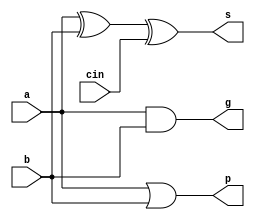
module CLABit(a, b, cin, p, g, s);
    input a, b, cin;
    output p, g, s;

    assign p = a | b;
    assign g = a & b;
    assign s = a^b^cin;
endmodule

module CLABlock4(cin, Pin, Gin, Cout, Pout, Gout);
    input cin;
    input[3:0] Pin, Gin;
    output[3:0] Cout;
    output Pout, Gout;

    assign Cout = {
        Gin[2] | (Pin[2] & Gin[1]) | (Pin[2] & Pin[1] & Gin[0]) | (Pin[2] & Pin[1] & Pin[0] & cin) ,
        Gin[1] | (Pin[1] & Gin[0]) | (Pin[1] & Pin[0] & cin),
        Gin[0] | (Pin[0] & cin),
        cin
    };

    assign Pout = Pin[3] & Pin[2] & Pin[1] & Pin[0];
    assign Gout = Gin[3] | (Pin[3] & Gin[2]) | (Pin[3] & Pin[2] & Gin[1]) | (Pin[3] & Pin[2] & Pin[1] & Gin[0]);
endmodule

module CLABlock8(cin, Pin, Gin, Cout, Pout, Gout);
    input cin;
    input [7:0] Pin, Gin;
    output [7:0] Cout;
    output Pout, Gout;

    wire lsbP, lsbG, msbP, msbG, msbCin;

    CLABlock4 LSB(.cin(cin),    .Pin(Pin[3:0]), .Gin(Gin[3:0]), .Cout(Cout[3:0]), .Pout(lsbP), .Gout(lsbG));
    CLABlock4 MSB(.cin(msbCin), .Pin(Pin[7:4]), .Gin(Gin[7:4]), .Cout(Cout[7:4]), .Pout(msbP), .Gout(msbG));

    assign msbCin = lsbG | (lsbP & cin);
    assign Pout = lsbP & msbP;
    assign Gout = msbG | (lsbG & msbP);
endmodule

module CLABlock12(cin, Pin, Gin, Cout, Pout, Gout);
    input cin;
    input [11:0] Pin, Gin;
    output [11:0] Cout;
    output Pout, Gout;

    wire lsbP, lsbG, midG, midP, msbP, msbG, midCin, msbCin;

    CLABlock4 LSB(.cin(cin),    .Pin(Pin[3:0]),  .Gin(Gin[3:0]),  .Cout(Cout[3:0]),  .Pout(lsbP), .Gout(lsbG));
    CLABlock4 MID(.cin(midCin), .Pin(Pin[7:4]),  .Gin(Gin[7:4]),  .Cout(Cout[7:4]),  .Pout(midP), .Gout(midG));
    CLABlock4 MSB(.cin(msbCin), .Pin(Pin[11:8]), .Gin(Gin[11:8]), .Cout(Cout[11:8]), .Pout(msbP), .Gout(msbG));

    assign midCin = lsbG | (lsbP & cin);
    assign msbCin = midG | ( midP & lsbG) | (midP & lsbP & cin);
    assign Pout = lsbP & msbP & midP;
    assign Gout = msbG | (msbP & midG) | (lsbG & midP & msbP);
endmodule

module CLABlock16(cin, Pin, Gin, Cout, Pout, Gout);
    input cin;
    input[15:0] Pin, Gin;
    output[15:0] Cout;
    output Pout, Gout;

    wire[3:0] LowHighP, LowHighG, LowHighC;

    CLABlock4 low0(.cin(LowHighC[0]), .Pin(Pin[3:0]),   .Gin(Gin[3:0]),   .Cout(Cout[3:0]),   .Pout(LowHighP[0]), .Gout(LowHighG[0]));
    CLABlock4 low1(.cin(LowHighC[1]), .Pin(Pin[7:4]),   .Gin(Gin[7:4]),   .Cout(Cout[7:4]),   .Pout(LowHighP[1]), .Gout(LowHighG[1]));
    CLABlock4 low2(.cin(LowHighC[2]), .Pin(Pin[11:8]),  .Gin(Gin[11:8]),  .Cout(Cout[11:8]),  .Pout(LowHighP[2]), .Gout(LowHighG[2]));
    CLABlock4 low3(.cin(LowHighC[3]), .Pin(Pin[15:12]), .Gin(Gin[15:12]), .Cout(Cout[15:12]), .Pout(LowHighP[3]), .Gout(LowHighG[3]));
    CLABlock4 high(.cin(cin), .Pin(LowHighP), .Gin(LowHighG), .Cout(LowHighC), .Pout(Pout), .Gout(Gout));
endmodule

// the "E" suffix means "Extended"
// TODO WARN FIXME: both "Extended" adders are not tested
module CLAdder8E(A, B, Cin, Sum, Cout, overflow, zero, overflowDirection);
    input[7:0] A, B;
    input Cin; // carry in
    output[7:0] Sum;
    output Cout; // carry out from msb
    output overflow; // overflow
    output zero; // if Sum == 0
    output overflowDirection; // 1 if overflow toward positive i.e. pos+pos=neg
                              // meaningless if overflow == 0

    wire[7:0] P, G, C;
    wire Pout, Gout;
    CLABlock8 cla_block(.cin(Cin), .Pin(P), .Gin(G), .Cout(C), .Pout(Pout), .Gout(Gout));

    CLABit bit0(.a(A[0]), .b(B[0]), .cin(C[0]), .p(P[0]), .g(G[0]), .s(Sum[0]));
    CLABit bit1(.a(A[1]), .b(B[1]), .cin(C[1]), .p(P[1]), .g(G[1]), .s(Sum[1]));
    CLABit bit2(.a(A[2]), .b(B[2]), .cin(C[2]), .p(P[2]), .g(G[2]), .s(Sum[2]));
    CLABit bit3(.a(A[3]), .b(B[3]), .cin(C[3]), .p(P[3]), .g(G[3]), .s(Sum[3]));
    CLABit bit4(.a(A[4]), .b(B[4]), .cin(C[4]), .p(P[4]), .g(G[4]), .s(Sum[4]));
    CLABit bit5(.a(A[5]), .b(B[5]), .cin(C[5]), .p(P[5]), .g(G[5]), .s(Sum[5]));
    CLABit bit6(.a(A[6]), .b(B[6]), .cin(C[6]), .p(P[6]), .g(G[6]), .s(Sum[6]));
    CLABit bit7(.a(A[7]), .b(B[7]), .cin(C[7]), .p(P[7]), .g(G[7]), .s(Sum[7]));

    assign Cout = Gout | (Pout & Cin);
    assign overflow = Cout ^ C[7];
    assign zero = ~(|Sum);
    assign overflowDirection = Sum[7];
endmodule

module CLAdder12E(A, B, Cin, Sum, Cout, overflow, zero, overflowDirection);
    input[11:0] A, B;
    input Cin; // carry in
    output[11:0] Sum;
    output Cout; // carry out from msb
    output overflow; // overflow
    output zero; // if Sum == 0
    output overflowDirection; // 1 if overflow toward positive i.e. pos+pos=neg
                              // meaningless if overflow == 0

    wire[11:0] P, G, C;
    wire Pout, Gout;
    CLABlock12 cla_block(.cin(Cin), .Pin(P), .Gin(G), .Cout(C), .Pout(Pout), .Gout(Gout));

    CLABit bit0(.a(A[0]), .b(B[0]), .cin(C[0]), .p(P[0]), .g(G[0]), .s(Sum[0]));
    CLABit bit1(.a(A[1]), .b(B[1]), .cin(C[1]), .p(P[1]), .g(G[1]), .s(Sum[1]));
    CLABit bit2(.a(A[2]), .b(B[2]), .cin(C[2]), .p(P[2]), .g(G[2]), .s(Sum[2]));
    CLABit bit3(.a(A[3]), .b(B[3]), .cin(C[3]), .p(P[3]), .g(G[3]), .s(Sum[3]));
    CLABit bit4(.a(A[4]), .b(B[4]), .cin(C[4]), .p(P[4]), .g(G[4]), .s(Sum[4]));
    CLABit bit5(.a(A[5]), .b(B[5]), .cin(C[5]), .p(P[5]), .g(G[5]), .s(Sum[5]));
    CLABit bit6(.a(A[6]), .b(B[6]), .cin(C[6]), .p(P[6]), .g(G[6]), .s(Sum[6]));
    CLABit bit7(.a(A[7]), .b(B[7]), .cin(C[7]), .p(P[7]), .g(G[7]), .s(Sum[7]));
    CLABit bit8(.a(A[8]), .b(B[8]), .cin(C[8]), .p(P[8]), .g(G[8]), .s(Sum[8]));
    CLABit bit9(.a(A[9]), .b(B[9]), .cin(C[9]), .p(P[9]), .g(G[9]), .s(Sum[9]));
    CLABit bit10(.a(A[10]), .b(B[10]), .cin(C[10]), .p(P[10]), .g(G[10]), .s(Sum[10]));
    CLABit bit11(.a(A[11]), .b(B[11]), .cin(C[11]), .p(P[11]), .g(G[11]), .s(Sum[11]));

    assign Cout = Gout | (Pout & Cin);
    assign overflow = Cout ^ C[11];
    assign zero = ~(|Sum);
    assign overflowDirection = Sum[11];
endmodule

module CLAdder16(A, B, Sum);
    input[15:0] A, B;
    output[15:0] Sum;

    wire[15:0] P, G, C;
    CLABlock16 cla_block(.cin(1'b0), .Pin(P), .Gin(G), .Cout(C), .Pout(), .Gout());

    CLABit bit0(.a(A[0]), .b(B[0]), .cin(C[0]), .p(P[0]), .g(G[0]), .s(Sum[0]));
    CLABit bit1(.a(A[1]), .b(B[1]), .cin(C[1]), .p(P[1]), .g(G[1]), .s(Sum[1]));
    CLABit bit2(.a(A[2]), .b(B[2]), .cin(C[2]), .p(P[2]), .g(G[2]), .s(Sum[2]));
    CLABit bit3(.a(A[3]), .b(B[3]), .cin(C[3]), .p(P[3]), .g(G[3]), .s(Sum[3]));
    CLABit bit4(.a(A[4]), .b(B[4]), .cin(C[4]), .p(P[4]), .g(G[4]), .s(Sum[4]));
    CLABit bit5(.a(A[5]), .b(B[5]), .cin(C[5]), .p(P[5]), .g(G[5]), .s(Sum[5]));
    CLABit bit6(.a(A[6]), .b(B[6]), .cin(C[6]), .p(P[6]), .g(G[6]), .s(Sum[6]));
    CLABit bit7(.a(A[7]), .b(B[7]), .cin(C[7]), .p(P[7]), .g(G[7]), .s(Sum[7]));
    CLABit bit8(.a(A[8]), .b(B[8]), .cin(C[8]), .p(P[8]), .g(G[8]), .s(Sum[8]));
    CLABit bit9(.a(A[9]), .b(B[9]), .cin(C[9]), .p(P[9]), .g(G[9]), .s(Sum[9]));
    CLABit bit10(.a(A[10]), .b(B[10]), .cin(C[10]), .p(P[10]), .g(G[10]), .s(Sum[10]));
    CLABit bit11(.a(A[11]), .b(B[11]), .cin(C[11]), .p(P[11]), .g(G[11]), .s(Sum[11]));
    CLABit bit12(.a(A[12]), .b(B[12]), .cin(C[12]), .p(P[12]), .g(G[12]), .s(Sum[12]));
    CLABit bit13(.a(A[13]), .b(B[13]), .cin(C[13]), .p(P[13]), .g(G[13]), .s(Sum[13]));
    CLABit bit14(.a(A[14]), .b(B[14]), .cin(C[14]), .p(P[14]), .g(G[14]), .s(Sum[14]));
    CLABit bit15(.a(A[15]), .b(B[15]), .cin(C[15]), .p(P[15]), .g(G[15]), .s(Sum[15]));
endmodule